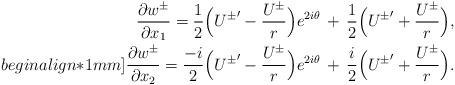
LaTeX: \begin{align*} \frac{\partial w^\pm}{\partial{x_1}}=\frac{1}{2}\Big({U^\pm}'-\frac{U^\pm}{r}\Big)e^{2i\theta}\,+\,\frac{1}{2}\Big({U^\pm}'+\frac{U^\pm}{r}\Big), \\begin{align*}1mm] \frac{\partial w^\pm}{\partial{x_2}}=\frac{-i}{2}\Big({U^\pm}'-\frac{U^\pm}{r}\Big)e^{2i\theta}\,+\,\frac{i}{2}\Big({U^\pm}'+\frac{U^\pm}{r}\Big).\end{align*}